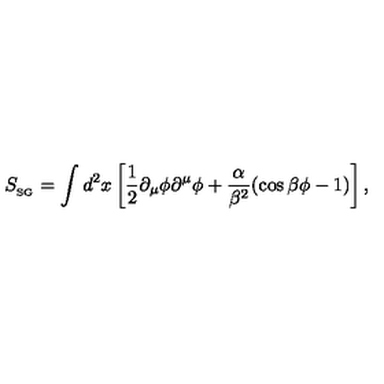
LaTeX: S _ { _ { \mathrm { S G } } } = \int d ^ { 2 } x \left[ \frac { 1 } { 2 } \partial _ { \mu } \phi \partial ^ { \mu } \phi + \frac { \alpha } { \beta ^ { 2 } } ( \cos \beta \phi - 1 ) \right] ,